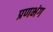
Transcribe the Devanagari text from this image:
प्रणभंग